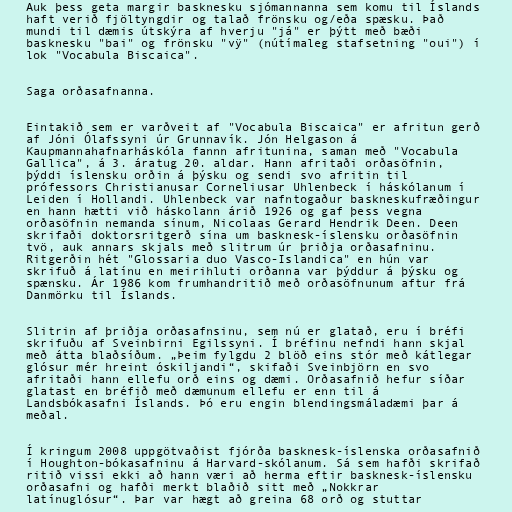
Auk þess geta margir basknesku sjómannanna sem komu til Íslands
haft verið fjöltyngdir og talað frönsku og/eða spæsku. Það
mundi til dæmis útskýra af hverju "já" er þýtt með bæði
basknesku "bai" og frönsku "vÿ" (nútímaleg stafsetning "oui") í
lok "Vocabula Biscaica".

Saga orðasafnanna.

Eintakið sem er varðveit af "Vocabula Biscaica" er afritun gerð
af Jóni Ólafssyni úr Grunnavík. Jón Helgason á
Kaupmannahafnarháskóla fannn afritunina, saman með "Vocabula
Gallica", á 3. áratug 20. aldar. Hann afritaði orðasöfnin,
þýddi íslensku orðin á þýsku og sendi svo afritin til
prófessors Christianusar Corneliusar Uhlenbeck í háskólanum í
Leiden í Hollandi. Uhlenbeck var nafntogaður baskneskufræðingur
en hann hætti við háskolann árið 1926 og gaf þess vegna
orðasöfnin nemanda sínum, Nicolaas Gerard Hendrik Deen. Deen
skrifaði doktorsritgerð sína um basknesk-íslensku orðasöfnin
tvö, auk annars skjals með slitrum úr þriðja orðasafninu.
Ritgerðin hét "Glossaria duo Vasco-Islandica" en hún var
skrifuð á latínu en meirihluti orðanna var þýddur á þýsku og
spænsku. Ár 1986 kom frumhandritið með orðasöfnunum aftur frá
Danmörku til Íslands.

Slitrin af þriðja orðasafnsinu, sem nú er glatað, eru í bréfi
skrifuðu af Sveinbirni Egilssyni. Í bréfinu nefndi hann skjal
með átta blaðsíðum. „Þeim fylgdu 2 blöð eins stór með kátlegar
glósur mér hreint óskiljandi“, skifaði Sveinbjörn en svo
afritaði hann ellefu orð eins og dæmi. Orðasafnið hefur síðar
glatast en bréfið með dæmunum ellefu er enn til á
Landsbókasafni Íslands. Þó eru engin blendingsmáladæmi þar á
meðal.

Í kringum 2008 uppgötvaðist fjórða basknesk-íslenska orðasafnið
í Houghton-bókasafninu á Harvard-skólanum. Sá sem hafði skrifað
ritið vissi ekki að hann væri að herma eftir basknesk-íslensku
orðasafni og hafði merkt blaðið sitt með „Nokkrar
latínuglósur“. Þar var hægt að greina 68 orð og stuttar